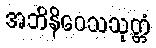
အဘိနိဝေသသုတ္တံ